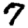
Digit: 7